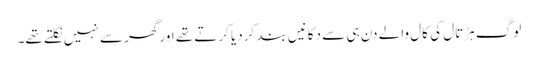
لوگ ہڑتال کی کال والے دن ہی سے دکانیں بند کردیا کرتے تھے اورگھر سے نہیں نکلتے تھے۔